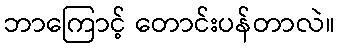
ဘာကြောင့် တောင်းပန်တာလဲ။